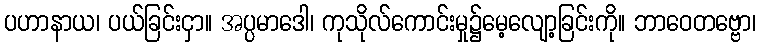
ပဟာနာယ၊ ပယ်ခြင်းငှာ။ အပ္ပမာဒေါ၊ ကုသိုလ်ကောင်းမှု၌မေ့လျော့ခြင်းကို။ ဘာဝေတဗ္ဗော၊